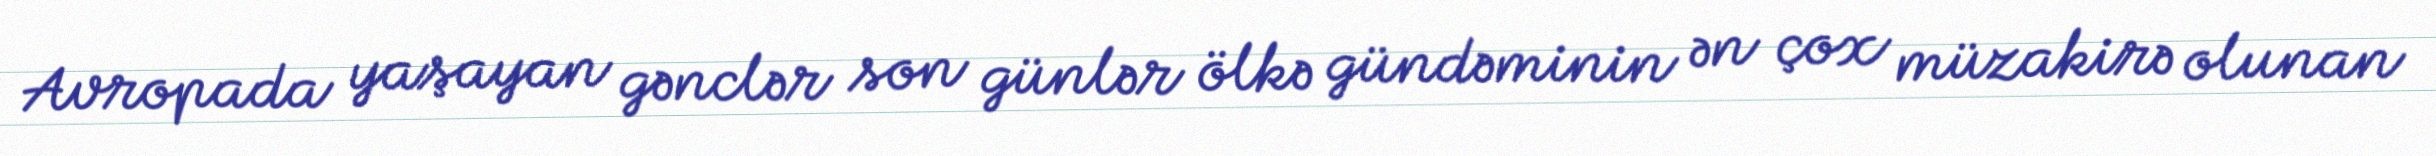
Avropada yaşayan gənclər son günlər ölkə gündəminin ən çox müzakirə olunan